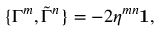
\{ \Gamma ^ { m } , \tilde { \Gamma } ^ { n } \} = - 2 \eta ^ { m n } { \bf 1 } ,